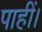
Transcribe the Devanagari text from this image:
पाहीं।